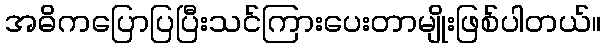
အဓိကပြောပြပြီးသင်ကြားပေးတာမျိုးဖြစ်ပါတယ်။